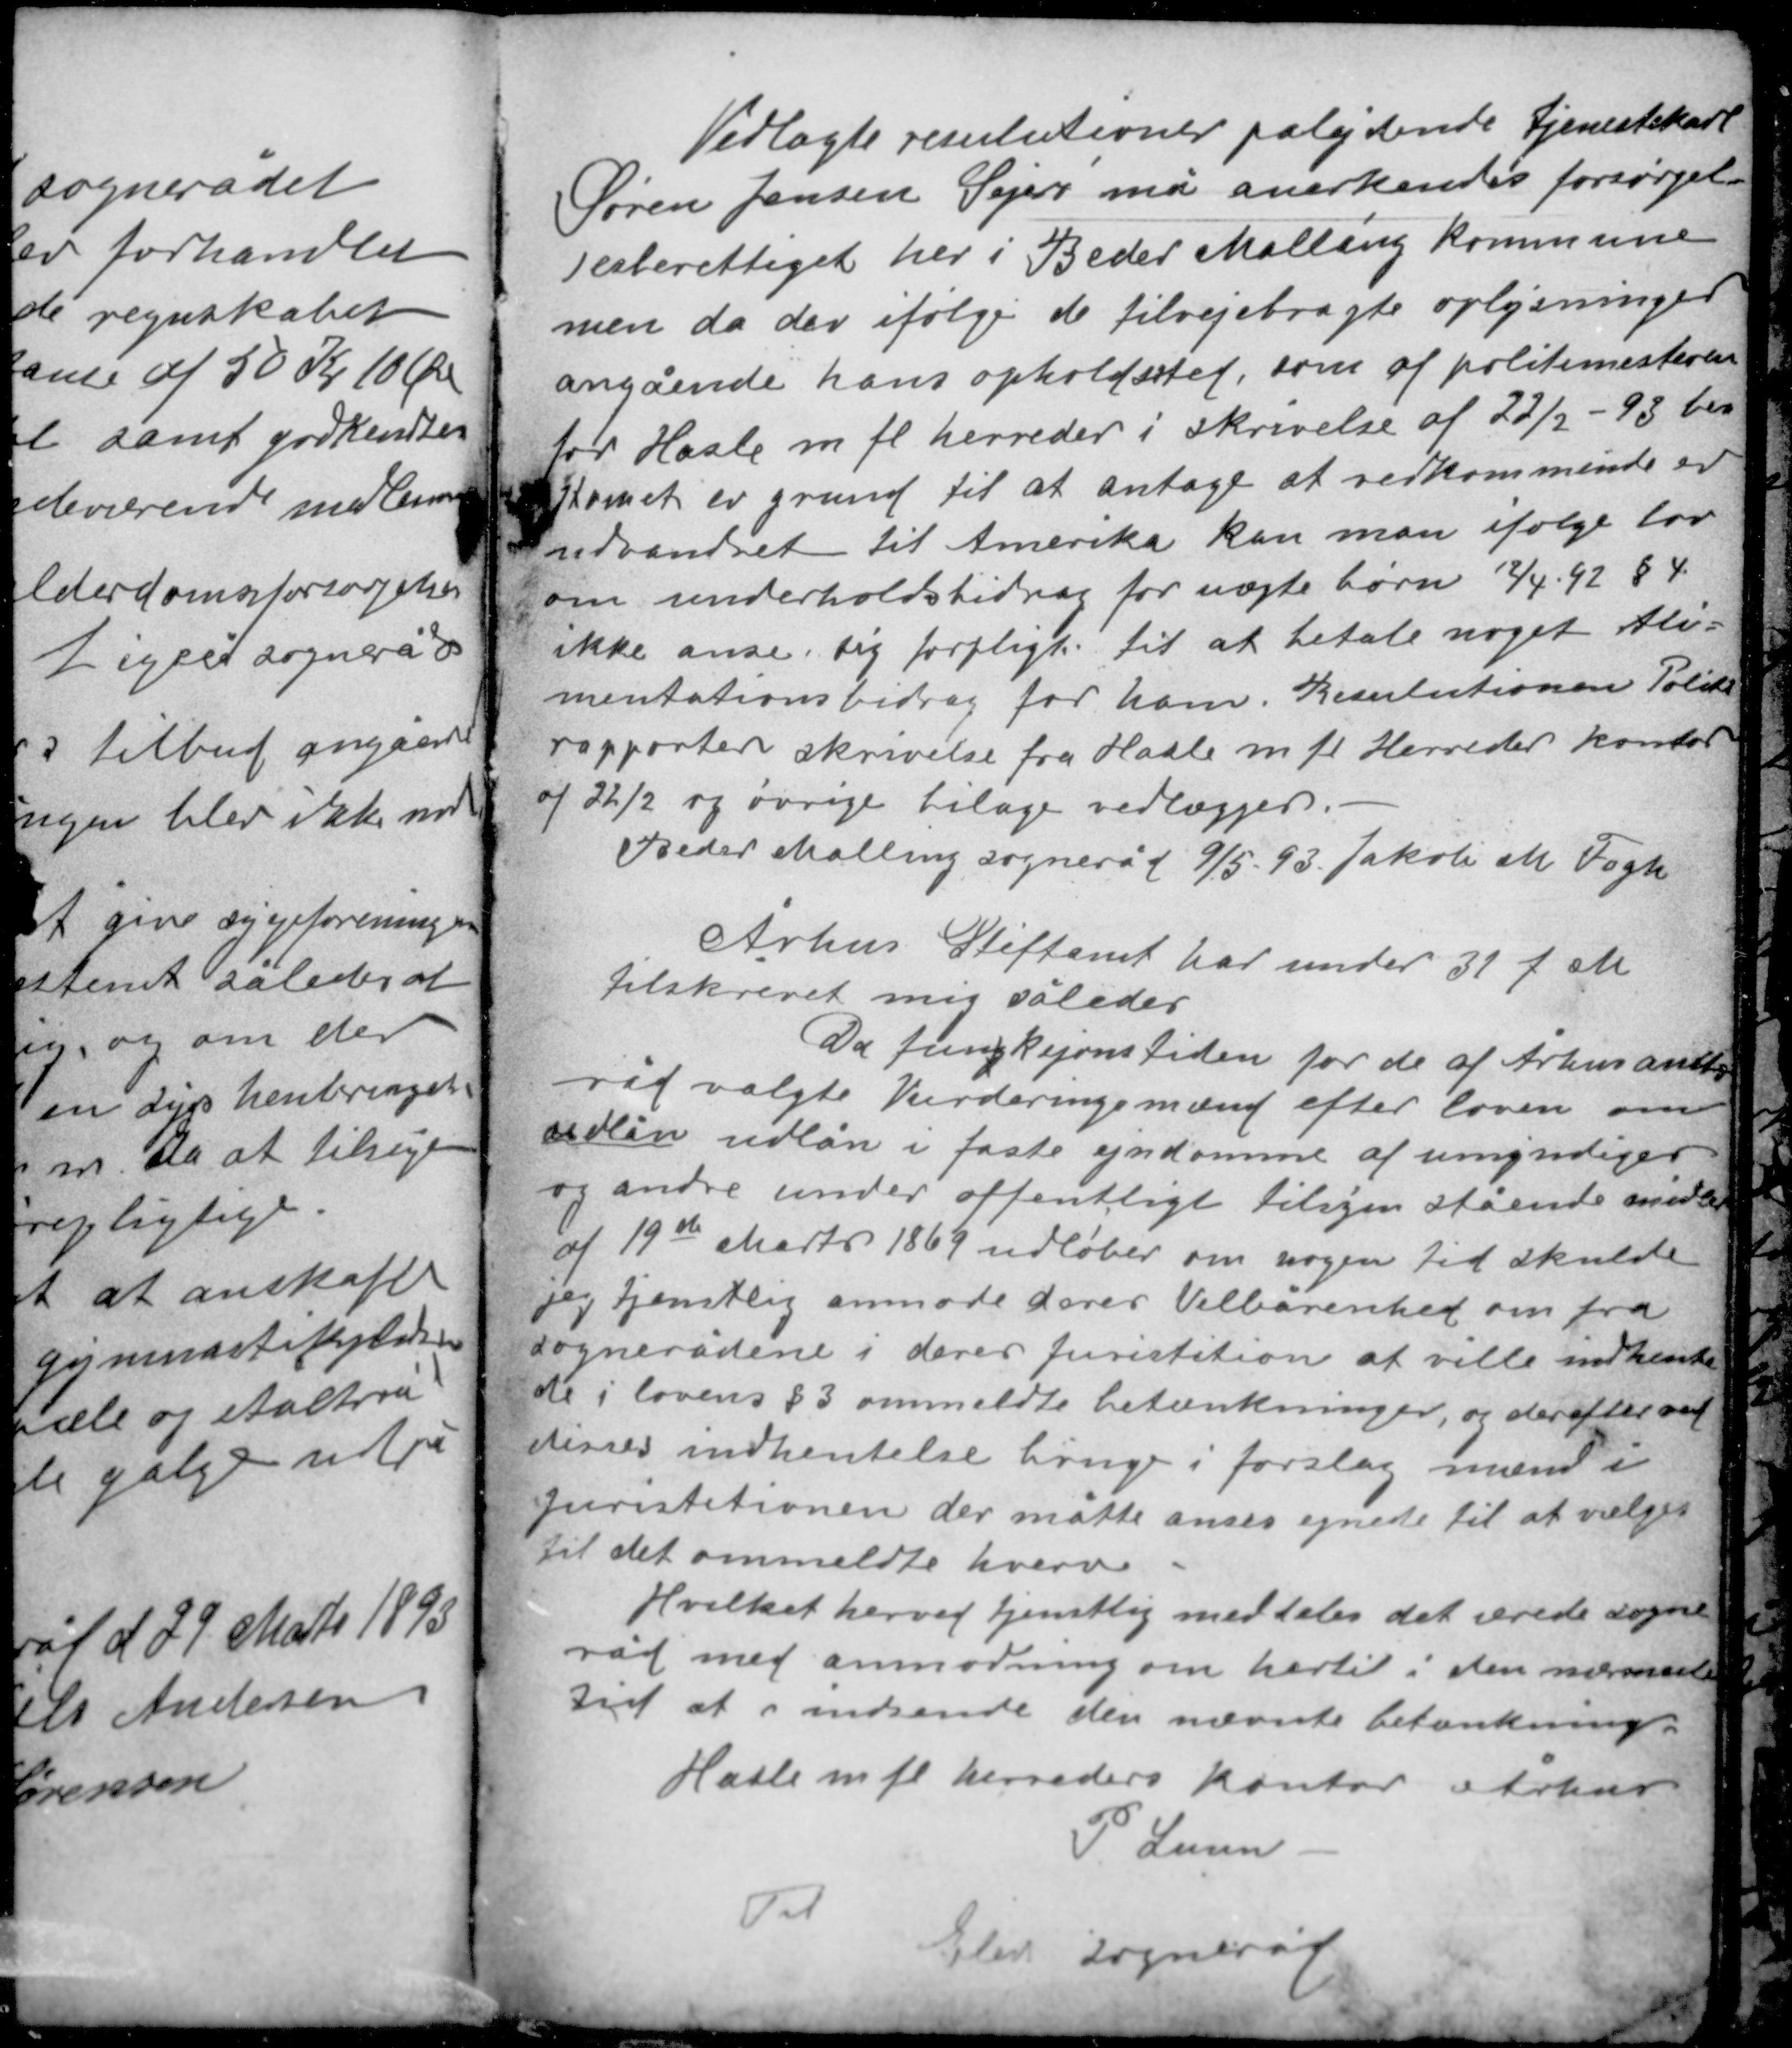
Transskription:
Vedlagte resulutioner pålydende tjenestekarl
Søren Jensen Sejer må anerkendes forsørgel-
sesberettiget her i Beder Malling kommune
men da der ifølge de tilvejebragte oplysninger
angående hans opholdssted, som af politimesteren
for Hasle m fl herreder i skrivelse af 22/2 - 93 be-
stemte er grund til at antage at vedkommende er
udvandret til Amerika kan man ifølge lov
om underholdsbidrag for uægte børn 12/4-92 § 4
ikke anse sig forpligtig til at betale noget Ali-
mentationsbidrag for ham. Resulutionen Politi-
rapporten skrivelse fra Hasle m fl Herreders kontor
af 22/2 og øvrige bilage vedlægges.
Beder Malling sogneråd 9/5-93 Jakob M Fogh

Århus Stiftamt har under 31 f M
tilskrevet mig således

Da fungksjonstiden for de af Århus amts-
råd valgte Vurderingsmænd efter loven om
udlån udlån i faste ejendomme af umyndiges
og andre under offentlige tilsyn stående midler
af 19de Marts 1869 udløber om nogen tid skulde
jeg tjenstlig anmode deres Velbårenhed om fra
sognerådene i deres Juristition at ville indhente
de i lovens § 3 ommeldte betænkninger, og derefter ved
disses indhentelse bringe i forslag mænd i
Juristitionen der måtte anses egnede til at vælges
til det ommeldte hverv.
Hvilket herved tjenstlig meddeles det ærede sogne-
råd med anmodning om hertil i den nærmeste
tid at indsende den nævnte betænkning.
Hasle mfl herreders kontor i Århus
P Lunn
Til
Elev sogneråd